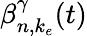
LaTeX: \beta_{n,k_{e}}^{\gamma}(t)